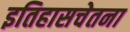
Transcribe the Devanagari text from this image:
इतिहासचेतना